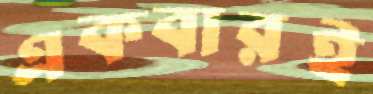
একবারই